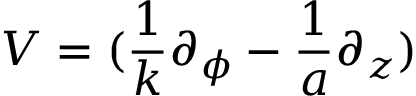
{ \displaystyle { V = ( \frac { 1 } { k } \partial _ { \phi } - \frac { 1 } { a } \partial _ { z } ) } }